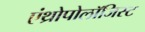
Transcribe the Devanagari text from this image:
एंथ्रोपोलॉजिस्ट